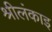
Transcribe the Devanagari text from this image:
श्रीलंकाइ